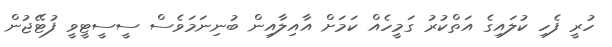
ހުރީ ފެހި ކުލައިގެ އަތްކުރު ގަމީހެއް ކަމަށް އާއިލާއިން ބުނިނަމަވެސް ސީސީޓީވީ ފުޓޭޖުން